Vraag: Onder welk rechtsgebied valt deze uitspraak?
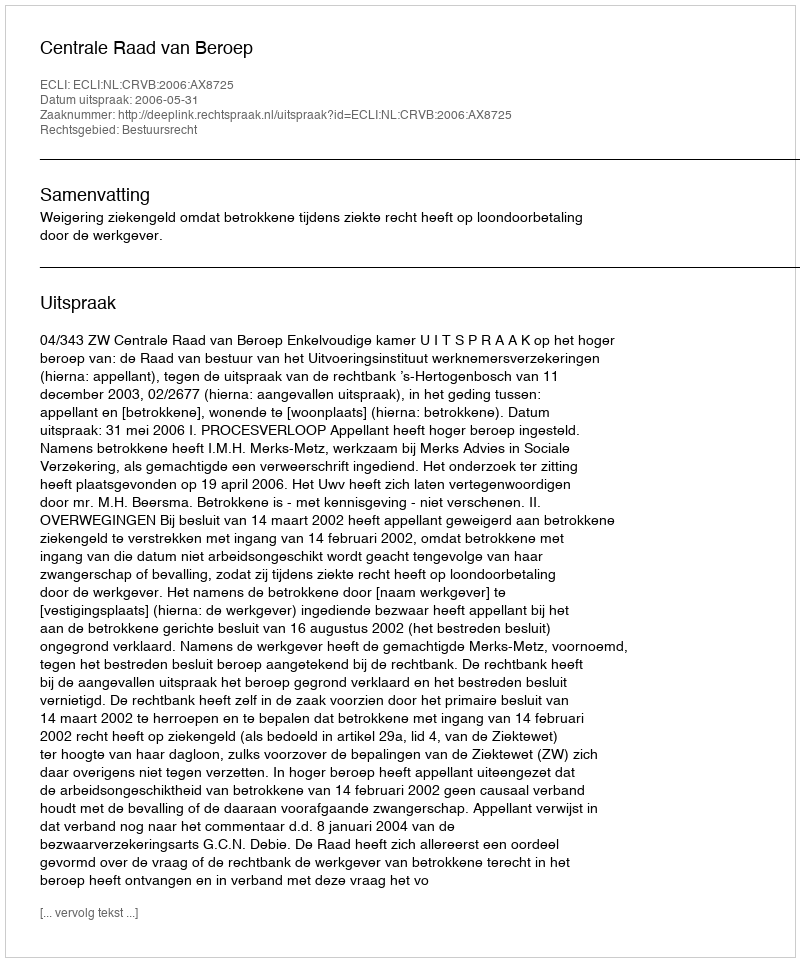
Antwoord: Bestuursrecht